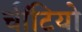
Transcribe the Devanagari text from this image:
चींटियो